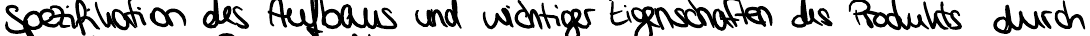
Spezifikationen des Aufbaus und wichtiger Eigenschaften des Produkts durch